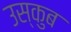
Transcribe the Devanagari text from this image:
उस्कुब